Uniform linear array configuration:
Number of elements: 32
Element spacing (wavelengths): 1
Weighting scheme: hann
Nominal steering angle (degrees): -60
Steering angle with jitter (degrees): -60.523
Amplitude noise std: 0.05
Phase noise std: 0.05

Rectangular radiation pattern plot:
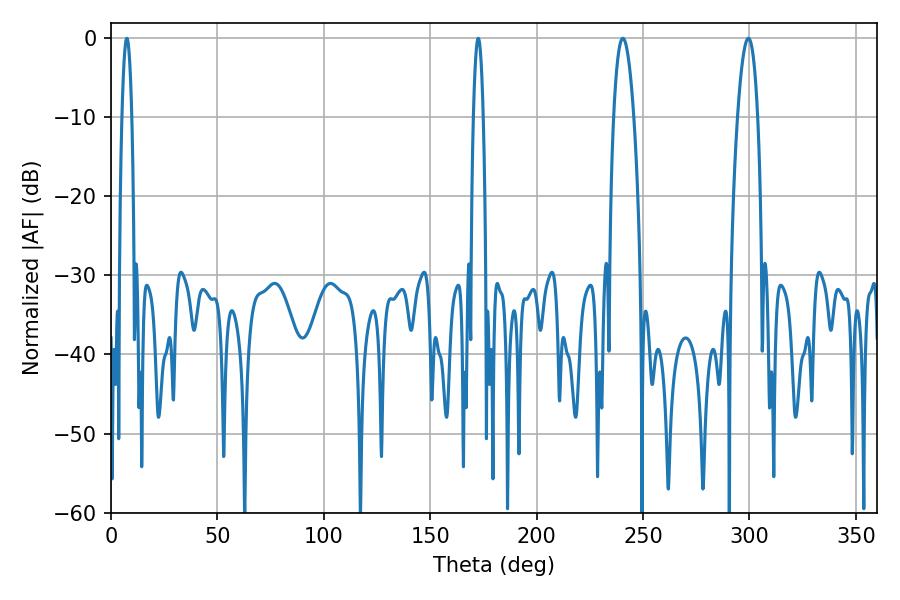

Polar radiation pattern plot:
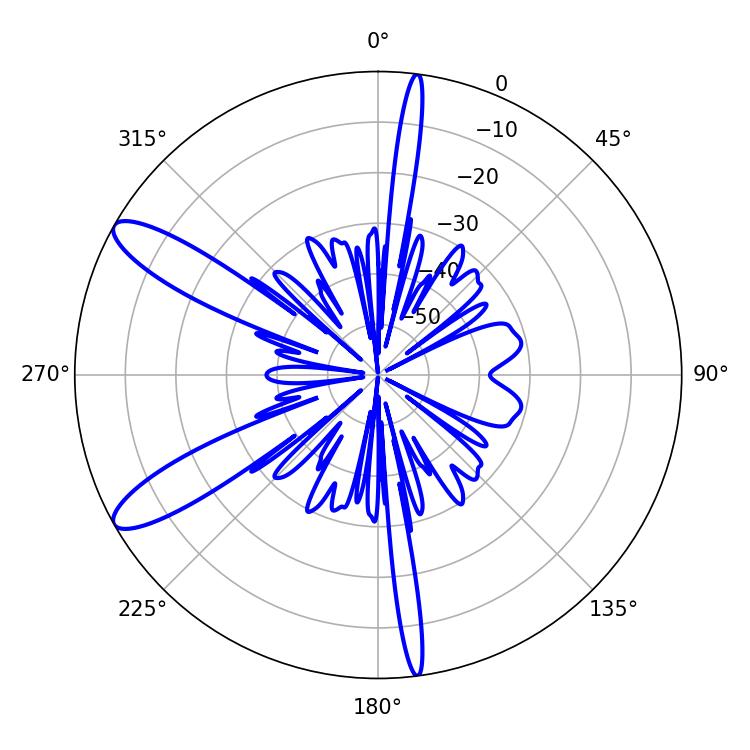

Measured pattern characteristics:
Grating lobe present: TRUE
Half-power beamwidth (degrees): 5.22
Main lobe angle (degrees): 240.48